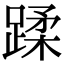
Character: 蹂